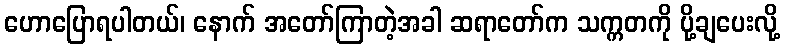
ဟောပြောရပါတယ်၊ နောက် အတော်ကြာတဲ့အခါ ဆရာတော်က သက္ကတကို ပို့ချပေးလို့